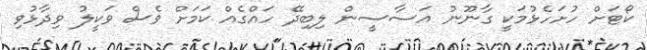
ކޯޓަށް ހުށަހެޅުމަކީ ގާނޫނު އަސާސީން ލިބިދޭ ހައްގެއް ކަމަށް ވެސް ވަކީލު ވިދާޅުވި